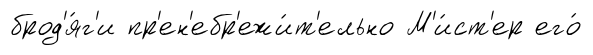
брод'я́г'и пр'ен'ебр'ежи́т'ельно М'и́ст'ер его́